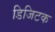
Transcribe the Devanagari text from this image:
डिजिटक